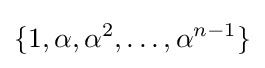
\{1,\alpha ,\alpha ^{2},\dots ,\alpha ^{n-1}\}